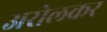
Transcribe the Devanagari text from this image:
अरोलकर